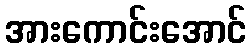
အားကောင်းအောင်